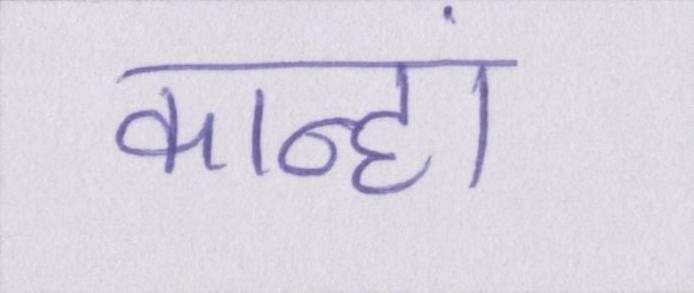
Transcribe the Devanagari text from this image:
कान्हां